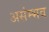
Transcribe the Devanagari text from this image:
असंम्भव